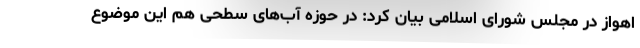
اهواز در مجلس شورای اسلامی بیان کرد: در حوزه آب‌های سطحی هم این موضوع